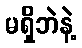
မရှိဘဲနဲ့